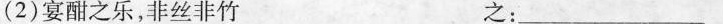
(2)宴酣之乐，非丝非竹 之：___